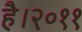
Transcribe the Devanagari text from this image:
है।२०११